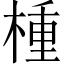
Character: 㮔